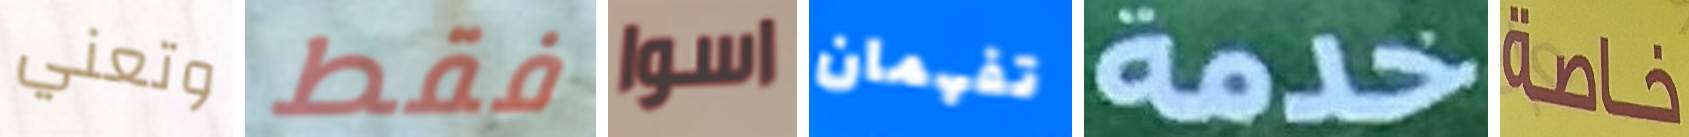
وتعني فقط اسوا تفهمان خدمة خاصة